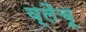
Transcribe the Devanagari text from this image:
व्लैचू